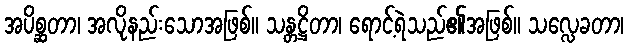
အပိစ္ဆတာ၊ အလိုနည်းသောအဖြစ်။ သန္တဋ္ဌိတာ၊ ရောင့်ရဲသည်၏အဖြစ်။ သလ္လေခတာ၊